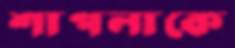
শাপলাকে